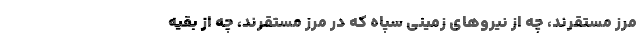
مرز مستقرند، چه از نیروهای زمینی سپاه که در مرز مستقرند، چه از بقیه